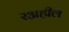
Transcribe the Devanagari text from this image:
रअहील